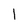
Character: l